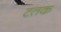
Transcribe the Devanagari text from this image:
टतक